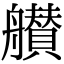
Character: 𦪸